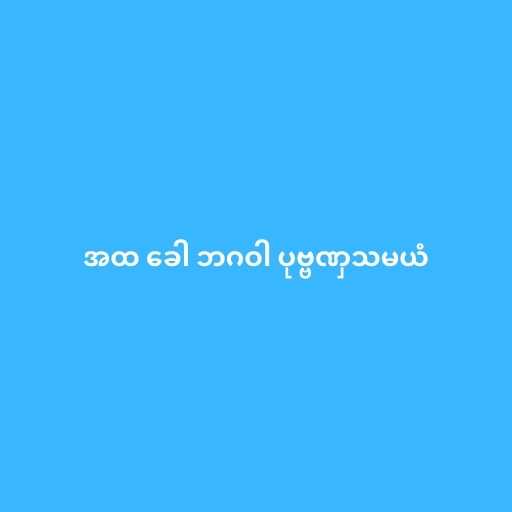
အထ ခေါ ဘဂဝါ ပုဗ္ဗဏှသမယံ